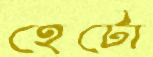
হেটো